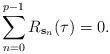
LaTeX: \begin{align*}\sum_{n=0}^{p-1} R_{\mathbf{s}_{n}}(\tau) = 0.\end{align*}